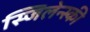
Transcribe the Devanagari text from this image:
स्जिलेन्स्की